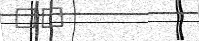
١٤